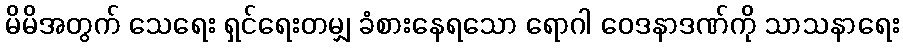
မိမိအတွက် သေရေး ရှင်ရေးတမျှ ခံစားနေရသော ရောဂါ ဝေဒနာဒဏ်ကို သာသနာရေး